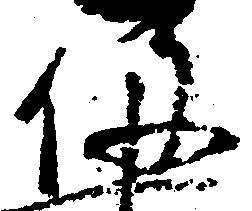
役